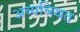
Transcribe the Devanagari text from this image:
अव्यव्स्थित